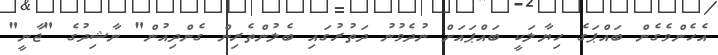
އެހެންވެގެން ބައްޕަގެ ހިޔާލަކީ ބައްޕައަށް ނުދެވުނު ދަތުރުގައި ބެލުންތެރިން ގެންދިއުން" ނާޝިދުގެ "ޖާނީ"